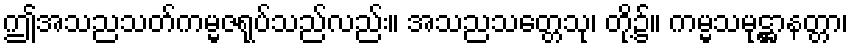
ဤအသညသတ်ကမ္မဇရုပ်သည်လည်း။ အသညသတ္တေသု၊ တို့၌။ ကမ္မသမုဋ္ဌာနတ္တာ၊